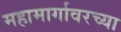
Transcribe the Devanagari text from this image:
महामार्गावरच्या